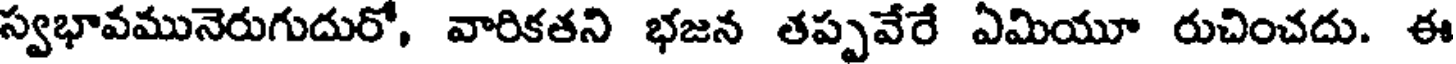
స్వభావమునెరుగుదురో, వారికతని భజన తప్పవేరే ఏమియూ రుచించదు. ఈ